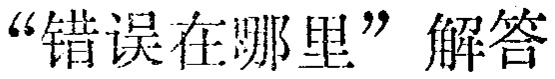
“错误在哪里”解答